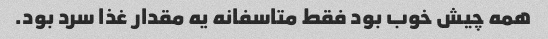
همه چیش خوب بود فقط متاسفانه یه مقدار غذا سرد بود.